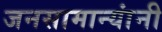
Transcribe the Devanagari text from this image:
जनसामान्यांनी